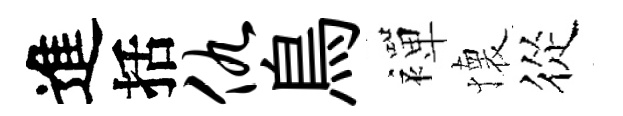
進括仇鳥襌懐從